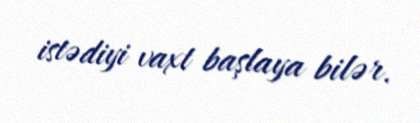
istədiyi vaxt başlaya bilər.